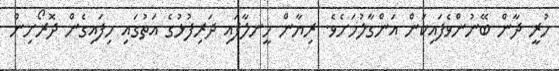
ހުރީ ދާން ބޭނުންވެފައިކަން އަންގާލުމަށެވެ. ރިޔާން ހީނލާފައި ދަރިފުޅުގެ އަތުގައި ހިފައިގެން ދޮރޯށިން